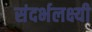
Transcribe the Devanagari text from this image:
संदर्भलक्ष्यी